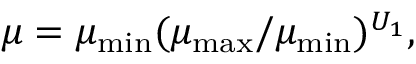
\mu = \mu _ { \mathrm { { m i n } } } ( \mu _ { \mathrm { { m a x } } } / \mu _ { \mathrm { { m i n } } } ) ^ { U _ { 1 } } ,